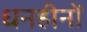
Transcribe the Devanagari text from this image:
धनहीनों